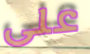
على